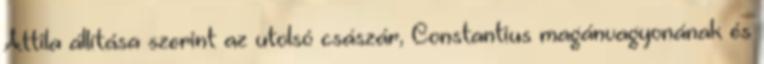
Attila állítása szerint az utolsó császár, Constantius magánvagyonának és